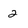
Character: 2